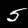
Label: 5